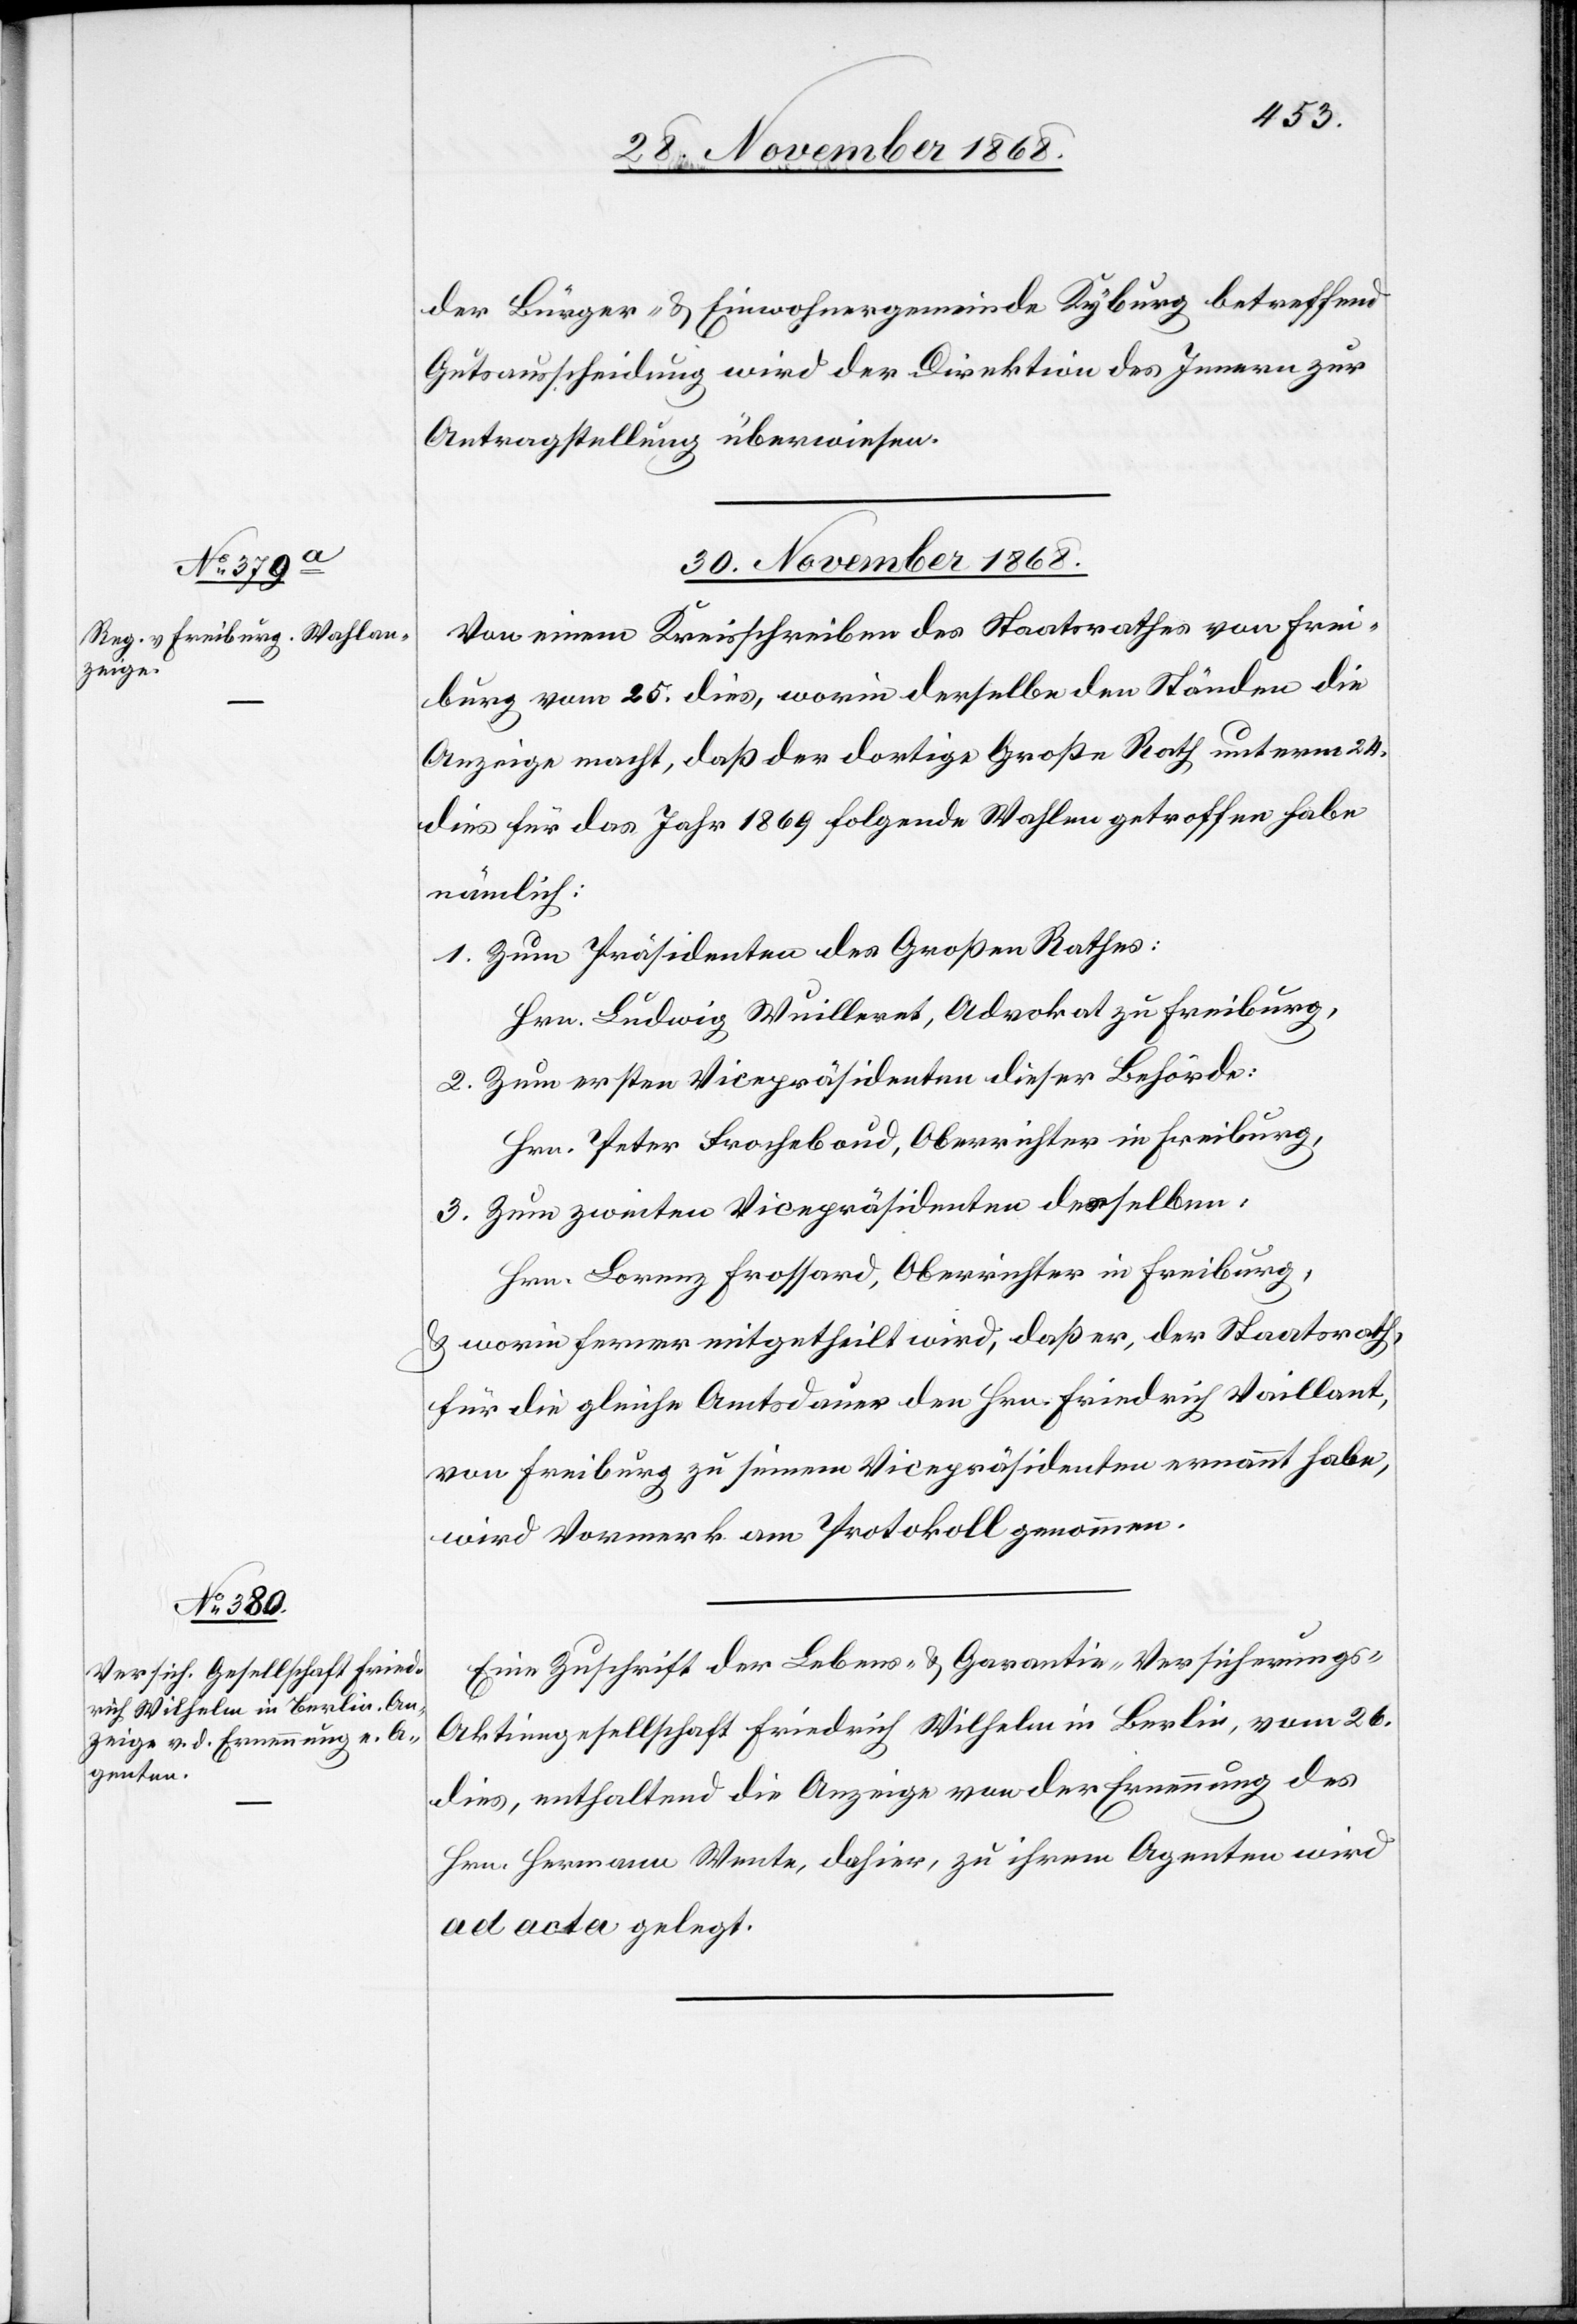
30. November 1868.]
der Bürger- & Einwohnergemeinde Kyburg betreffend
Gutsausscheidung wird der Direktion des Innern zur
Antragstellung überwiesen.
Von einem Kreisschreiben des Staatsrathes von Frei¬
burg vom 25. dies, worin derselbe den Ständen die
Anzeige macht, daß der dortige Große Rath unterm 24.
dies für das Jahr 1869 folgende Wahlen getroffen habe
nämlich:
Zum Präsidenten des Großen Rathes:
Hrn. Ludwig Wuilleret, Advokat zu Freiburg,
Zum ersten Vicepräsidenten dieser Behörde:
Hrn. Peter Frocheboud [recte: Fracheboud],
Zum zweiten Vicepräsidenten desselben:
Hrn. Lorenz Frossard, Oberrichter in Freiburg,
& worin ferner mitgetheilt wird, daß er, der Staatsrath,
für die gleiche Amtsdauer den Hrn. Friedrich Vaillant,
von Freiburg zu seinem Vicepräsidenten ernannt habe,
wird Vormerk am Protokoll genommen.
Eine Zuschrift der Lebens- & Garantie-Versicherungs-A¬
ktiengesellschaft Friedrich Wilhelm in Berlin, vom 26.
dies, enthaltend die Anzeige von der Ernennung des
Hrn. Hermann Wente, dahier, zu ihrem Agenten wird
ad acta gelegt.